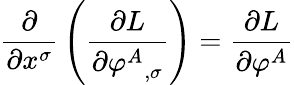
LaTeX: {\frac{\partial}{\partial x^{\sigma}}}\left({\frac{\partial L}{\partial{\varphi^{A}}_{,\sigma}}}\right)={\frac{\partial L}{\partial\varphi^{A}}}